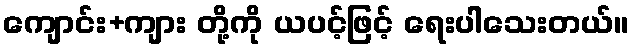
ကျောင်း+ကျား တို့ကို ယပင့်ဖြင့် ရေးပါသေးတယ်။